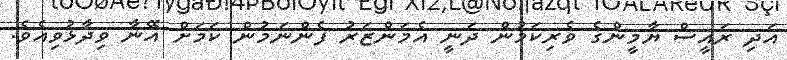
އަދި ރައީސް ޔާމީންގެ ވެރިކަމުން ދަނީ އެމަންޒަރު ފެންނަމުން ކަމަށް އޭނާ ވިދާޅުވިއެވެ.